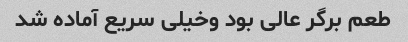
طعم برگر عالی بود وخیلی سریع آماده شد